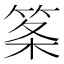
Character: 筿